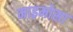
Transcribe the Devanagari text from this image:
माइमोसा